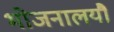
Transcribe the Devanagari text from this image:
भोजनालयौ